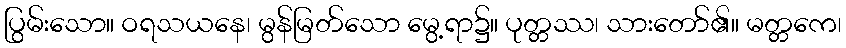
ပြွမ်းသော။ ဝရသယနေ၊ မွန်မြတ်သော မွေ့ရာ၌။ ပုတ္တဿ၊ သားတော်၏။ မတ္တကေ၊